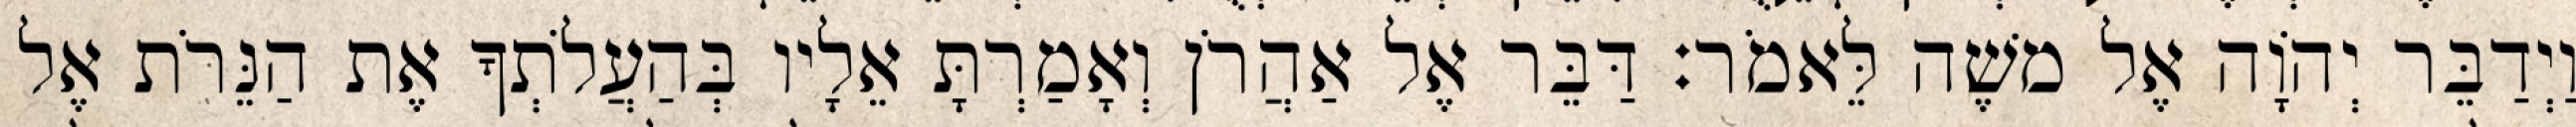
וַיְדַבֵּר יְהוָֹה אֶל משֶׁה לֵּאמֹר׃ דַּבֵּר אֶל אַהֲרֹן וְאָמַרְתָּ אֵלָיו בְּהַעֲלֹתְךָ אֶת הַנֵּרֹת אֶל